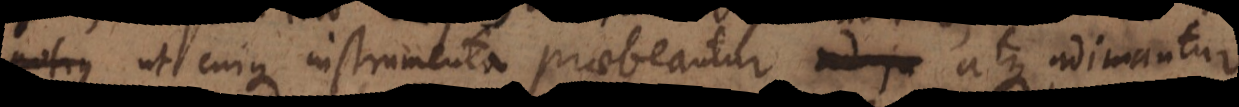
potius, ut cuique instrumenta praebeantur atque adimantur